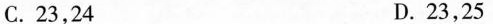
C.23，24 D.23，25